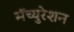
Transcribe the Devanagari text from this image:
मॅच्युरेशन